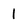
Character: 1